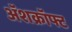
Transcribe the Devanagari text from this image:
ॲशक्रॉफ्ट